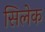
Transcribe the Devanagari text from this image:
सिलेक